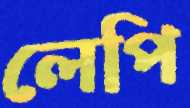
লেপি